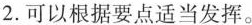
2.可以根据要点适当发挥。